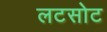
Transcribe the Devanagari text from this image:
लटसोट